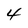
Character: 4